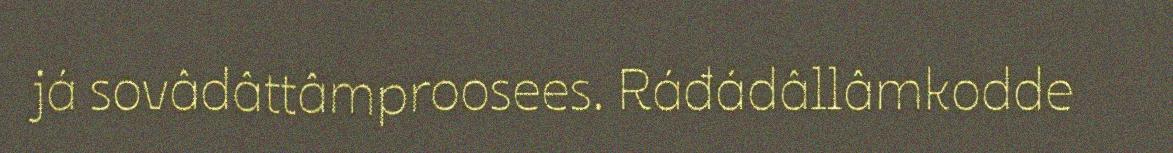
já sovâdâttâmproosees. Ráđádâllâmkodde